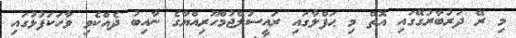
މި ރޭ ދަރުބާރުގޭގައި އޮތް މި ޙަފްލާގައި ރައީސުލްޖުމްހޫރިއްޔާގެ ނާއިބު ދެއްކެވި ވާހަކަފުޅުގައި